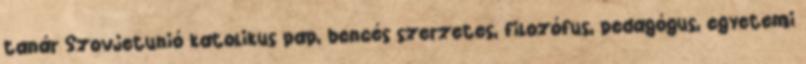
tanár Szovjetunió katolikus pap, bencés szerzetes, filozófus, pedagógus, egyetemi